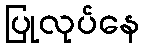
ပြုလုပ်နေ